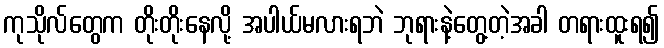
ကုသိုလ်တွေက တိုးတိုးနေလို့ အပါယ်မလားရဘဲ ဘုရားနဲ့တွေ့တဲ့အခါ တရားထူးရ၍